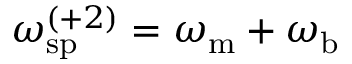
\omega _ { \mathrm { s p } } ^ { ( + 2 ) } = \omega _ { \mathrm { m } } + \omega _ { \mathrm { b } }